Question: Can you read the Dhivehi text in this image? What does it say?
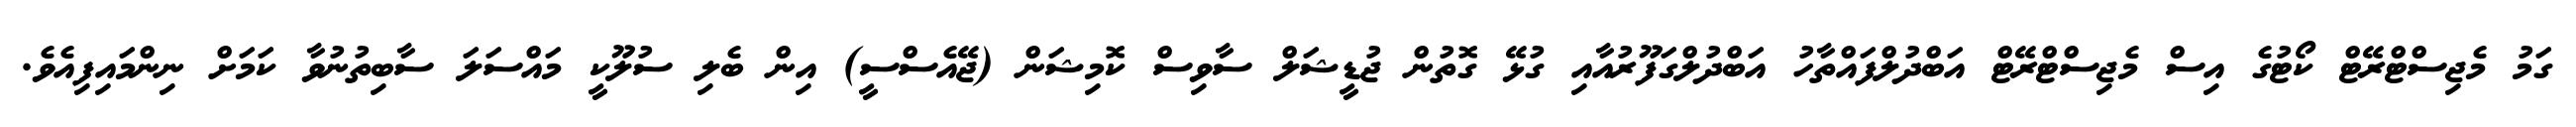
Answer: ގަމު މެޖިސްޓްރޭޓް ކޯޓުގެ އިސް މެޖިސްޓްރޭޓް އަބްދުލްފައްތާހު އަބްދުލްގަފޫރުއާއި ގުޅޭ ގޮތުން ޖުޑީޝަލް ސާވިސް ކޮމިޝަން (ޖޭއެސްސީ) އިން ބެލި ސުލޫކީ މައްސަލަ ސާބިތުނުވާ ކަމަށް ނިންމައިފިއެވެ.